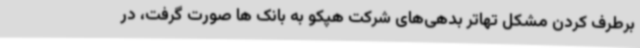
برطرف کردن مشکل تهاتر بدهی‌های شرکت هپکو به بانک ها صورت گرفت، در